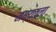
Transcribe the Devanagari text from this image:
मध्यतला